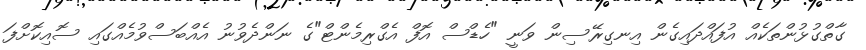
ގާތްގުޅުންތަކެއް އުފައްދައިގެން އިނގިރޭސިން ވަނީ "ހެޑްސް އޮފް އެގްރިމެންޓް"ގެ ނަންދެވުނު އެއްބަސްވުމެއްގައި ސޮއިކޮށްފަ